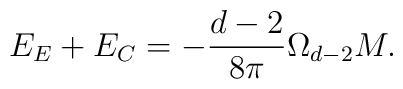
E_{E}+E_{C}=-\frac{d-2}{8\pi }\Omega _{d-2}M.